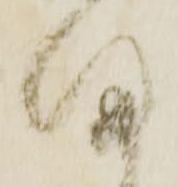
帰